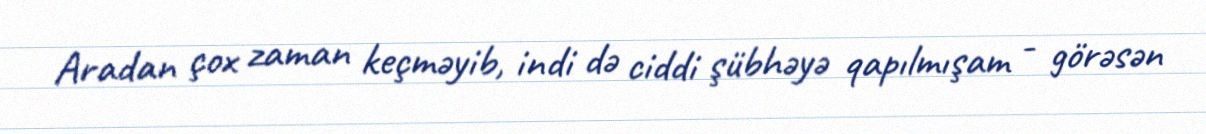
Aradan çox zaman keçməyib, indi də ciddi şübhəyə qapılmışam - görəsən